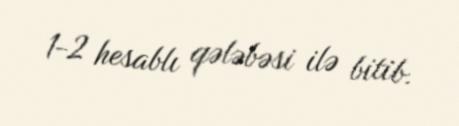
1-2 hesablı qələbəsi ilə bitib.